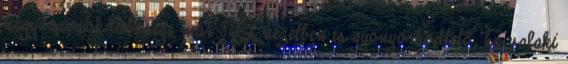
nagyvárosok többsége már 3D-s nézetben is gyönyörködtetõ, ha valaki